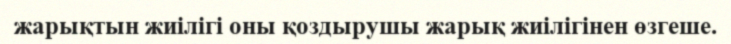
жарықтын жиілігі оны қоздырушы жарық жиілігінен өзгеше.